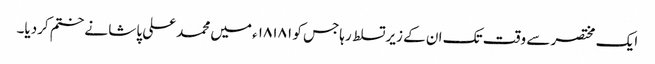
ایک مختصر سے وقت تک ان کے زیرتسلط رہاجس کو ۱۸۱۸۱ء میں محمدعلی پاشا نے ختم کردیا۔